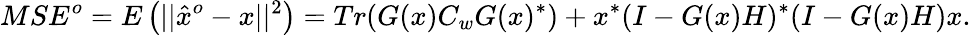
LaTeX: MSE^{o}=E\left(||{\hat{x}}^{o}-x||^{2}\right)=Tr(G(x)C_{w}G(x)^{*})+x^{*}(I-G(x)H)^{*}(I-G(x)H)x.